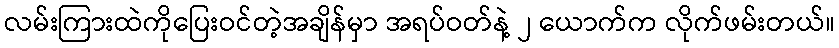
လမ်းကြားထဲကိုပြေးဝင်တဲ့အချိန်မှာ အရပ်ဝတ်နဲ့ ၂ ယောက်က လိုက်ဖမ်းတယ်။